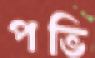
পভি